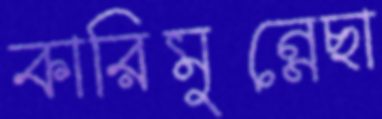
কারিমুন্নেছা